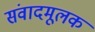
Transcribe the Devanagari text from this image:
संवादमूलक